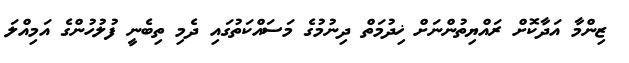
ޒިންމާ އަދާކޮށް ރައްޔިތުންނަށް ޚިދުމަތް ދިނުމުގެ މަސައްކަތުގައި ދެމި ތިބެނީ ފުލުހުންގެ އަމިއްލަ